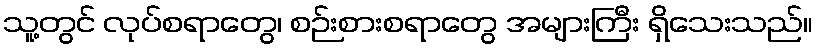
သူ့တွင် လုပ်စရာတွေ၊ စဉ်းစားစရာတွေ အများကြီး ရှိသေးသည်။